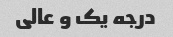
درجه یک و عالی